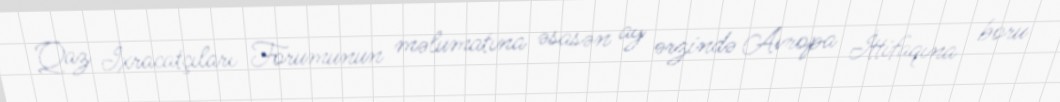
Qaz İxracatçıları Forumunun məlumatına əsasən ay ərzində Avropa İttifaqına boru